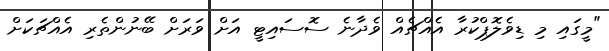
"މީގައި މި ޑިވެލޮޕްކުރާ އެއްޗެއް ވެދާނެ ސޮސައިޓީ އަށް ވަރަށް ބޭނުންތެރި އެއްޗަކަށް